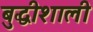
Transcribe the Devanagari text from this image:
बुद्धीशाली